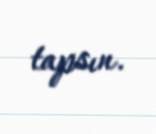
tapsın.